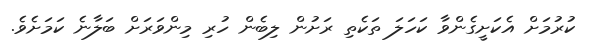
ކުރުމަށް އެކަށީގެންވާ ކަހަލަ ތަކެތި ރަށުން ލިބެން ހުރި މިންވަރަށް ބަލާނެ ކަމަށެވެ.